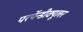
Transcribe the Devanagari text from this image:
परपॅन्डीक्यूलर